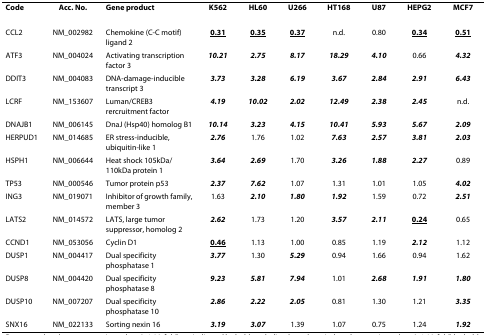
<table><thead><tr><td><b>Code</b></td><td><b>Acc. No.</b></td><td><b>Gene product</b></td><td><b>K562</b></td><td><b>HL60</b></td><td><b>U266</b></td><td><b>HT168</b></td><td><b>U87</b></td><td><b>HEPG2</b></td><td><b>MCF7</b></td></tr></thead><tbody><tr><td>CCL2</td><td>NM_002982</td><td>Chemokine (C-C motif) ligand 2</td><td><underline><b>0.31</b></underline></td><td><underline><b>0.35</b></underline></td><td><underline><b>0.37</b></underline></td><td>n.d.</td><td>0.80</td><td><underline><b>0.34</b></underline></td><td><underline><b>0.51</b></underline></td></tr><tr><td>ATF3</td><td>NM_004024</td><td>Activating transcription factor 3</td><td><i><b>10.21</b></i></td><td><i><b>2.75</b></i></td><td><i><b>8.17</b></i></td><td><i><b>18.29</b></i></td><td><i><b>4.10</b></i></td><td>0.66</td><td><i><b>4.32</b></i></td></tr><tr><td>DDIT3</td><td>NM_004083</td><td>DNA-damage-inducible transcript 3</td><td><i><b>3.73</b></i></td><td><i><b>3.28</b></i></td><td><i><b>6.19</b></i></td><td><i><b>3.67</b></i></td><td><i><b>2.84</b></i></td><td><i><b>2.91</b></i></td><td><i><b>6.43</b></i></td></tr><tr><td>LCRF</td><td>NM_153607</td><td>Luman/CREB3 rercruitment factor</td><td><i><b>4.19</b></i></td><td><i><b>10.02</b></i></td><td><i><b>2.02</b></i></td><td><i><b>12.49</b></i></td><td><i><b>2.38</b></i></td><td><i><b>2.45</b></i></td><td>n.d.</td></tr><tr><td>DNAJB1</td><td>NM_006145</td><td>DnaJ (Hsp40) homolog B1</td><td><i><b>10.14</b></i></td><td><i><b>3.23</b></i></td><td><i><b>4.15</b></i></td><td><i><b>10.41</b></i></td><td><i><b>5.93</b></i></td><td><i><b>5.67</b></i></td><td><i><b>2.09</b></i></td></tr><tr><td>HERPUD1</td><td>NM_014685</td><td>ER stress-inducible, ubiquitin-like 1</td><td><i><b>2.76</b></i></td><td>1.76</td><td>1.02</td><td><i><b>7.63</b></i></td><td><i><b>2.57</b></i></td><td><i><b>3.81</b></i></td><td><i><b>2.03</b></i></td></tr><tr><td>HSPH1</td><td>NM_006644</td><td>Heat shock 105kDa/110kDa protein 1</td><td><i><b>3.64</b></i></td><td><i><b>2.69</b></i></td><td>1.70</td><td><i><b>3.26</b></i></td><td><i><b>1.88</b></i></td><td><i><b>2.27</b></i></td><td>0.89</td></tr><tr><td>TP53</td><td>NM_000546</td><td>Tumor protein p53</td><td><i><b>2.37</b></i></td><td><i><b>7.62</b></i></td><td>1.07</td><td>1.31</td><td>1.01</td><td>1.05</td><td><i><b>4.02</b></i></td></tr><tr><td>ING3</td><td>NM_019071</td><td>Inhibitor of growth family, member 3</td><td>1.63</td><td><i><b>2.10</b></i></td><td><i><b>1.80</b></i></td><td><i><b>1.92</b></i></td><td>1.59</td><td>0.72</td><td><i><b>2.51</b></i></td></tr><tr><td>LATS2</td><td>NM_014572</td><td>LATS, large tumor suppressor, homolog 2</td><td><i><b>2.62</b></i></td><td>1.73</td><td>1.20</td><td><i><b>3.57</b></i></td><td><i><b>2.11</b></i></td><td><underline><b>0.24</b></underline></td><td>0.65</td></tr><tr><td>CCND1</td><td>NM_053056</td><td>Cyclin D1</td><td><underline><b>0.46</b></underline></td><td>1.13</td><td>1.00</td><td>0.85</td><td>1.19</td><td><i><b>2.12</b></i></td><td>1.12</td></tr><tr><td>DUSP1</td><td>NM_004417</td><td>Dual specificity phosphatase 1</td><td><i><b>3.77</b></i></td><td>1.30</td><td><i><b>5.29</b></i></td><td>0.94</td><td>1.66</td><td>0.94</td><td>1.62</td></tr><tr><td>DUSP8</td><td>NM_004420</td><td>Dual specificity phosphatase 8</td><td><i><b>9.23</b></i></td><td><i><b>5.81</b></i></td><td><i><b>7.94</b></i></td><td>1.01</td><td><i><b>2.68</b></i></td><td><i><b>1.91</b></i></td><td><i><b>1.80</b></i></td></tr><tr><td>DUSP10</td><td>NM_007207</td><td>Dual specificity phosphatase 10</td><td><i><b>2.86</b></i></td><td><i><b>2.22</b></i></td><td><i><b>2.05</b></i></td><td>0.81</td><td>1.30</td><td>1.21</td><td><i><b>3.35</b></i></td></tr><tr><td>SNX16</td><td>NM_022133</td><td>Sorting nexin 16</td><td><i><b>3.19</b></i></td><td><i><b>3.07</b></i></td><td>1.39</td><td>1.07</td><td>0.75</td><td>1.24</td><td><i><b>1.92</b></i></td></tr></tbody></table>